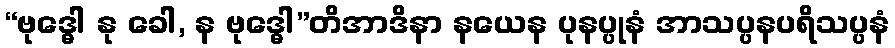
“ဗုဒ္ဓေါ နု ခေါ, န ဗုဒ္ဓေါ”တိအာဒိနာ နယေန ပုနပ္ပုနံ အာသပ္ပနပရိသပ္ပနံ